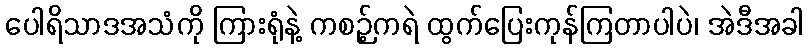
ပေါရိသာဒအသံကို ကြားရုံနဲ့ ကစဉ့်ကရဲ ထွက်ပြေးကုန်ကြတာပါပဲ၊ အဲဒီအခါ